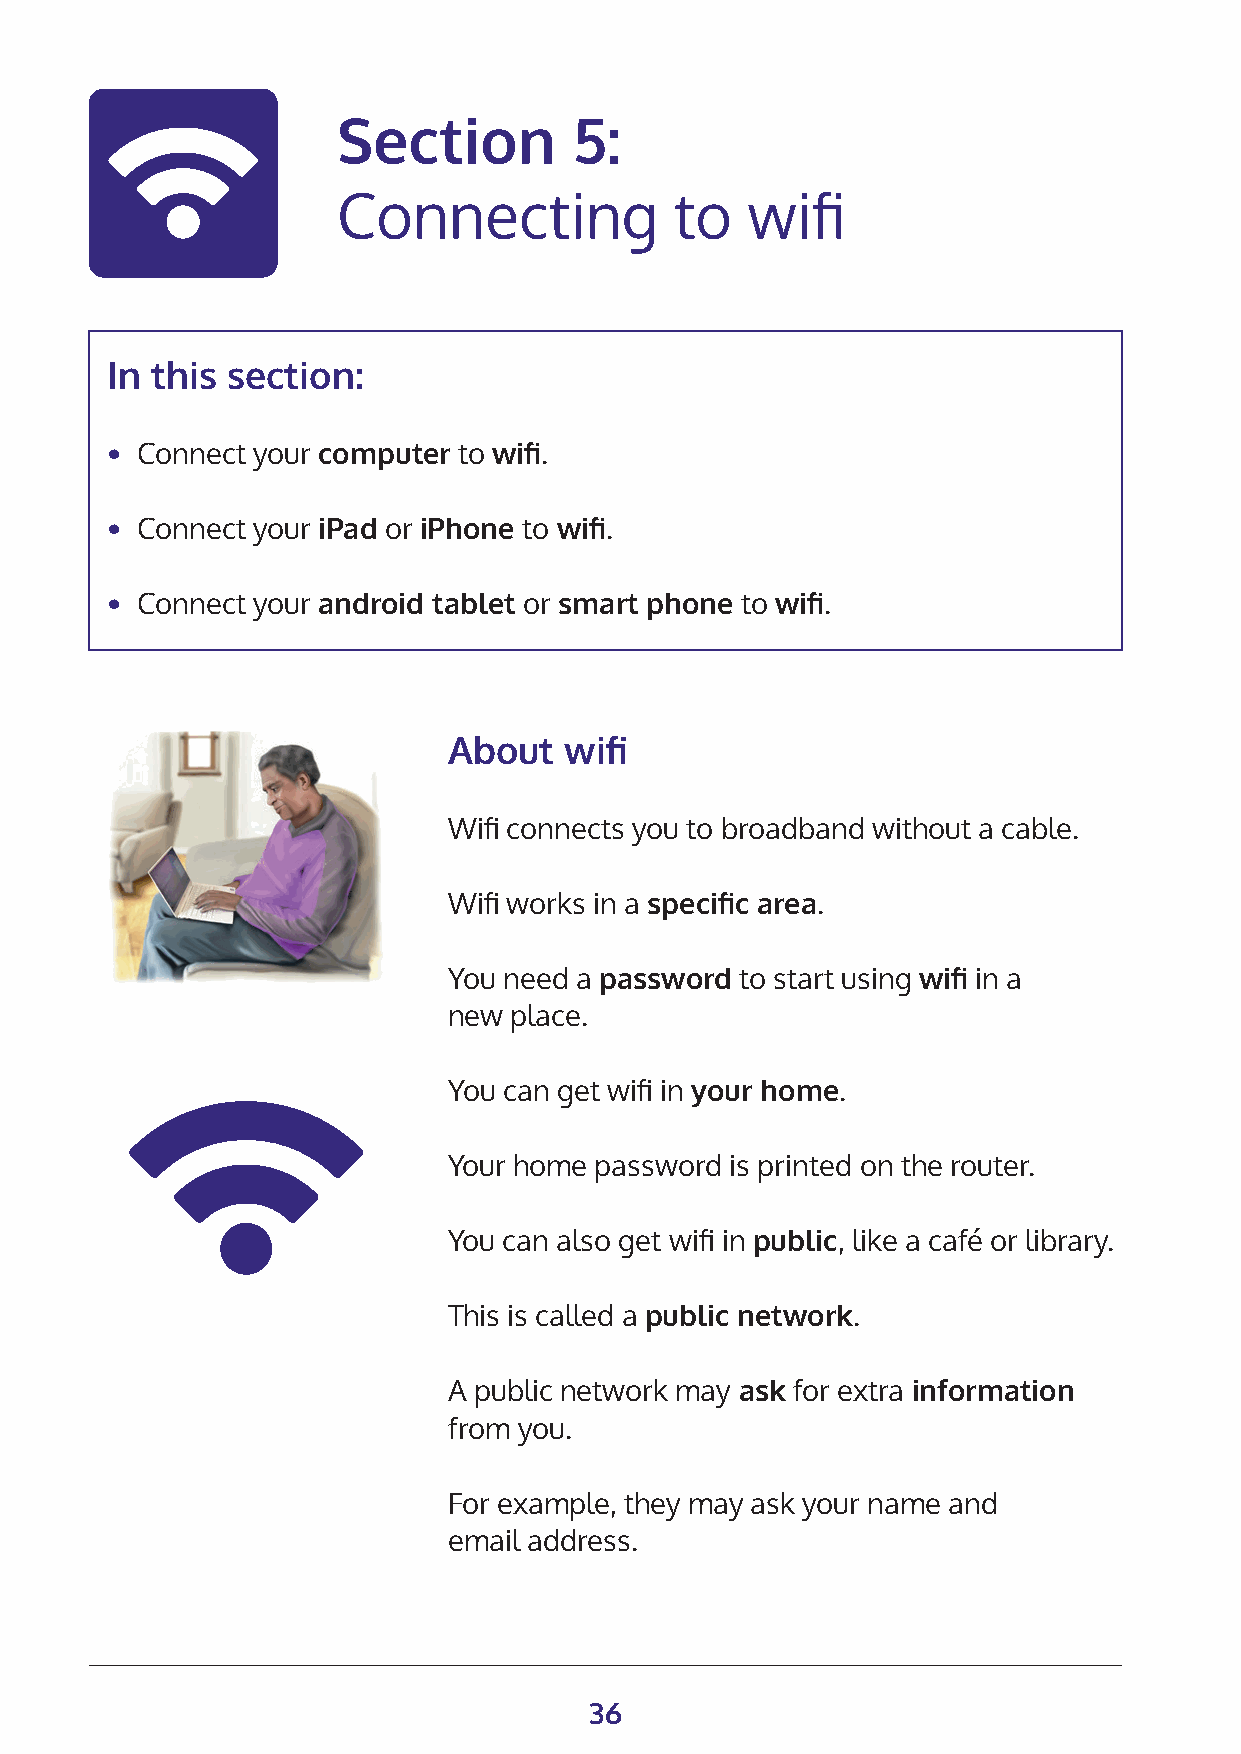
Section         5:
 Connecting             to  wifi
 In this section:
 • Connect your computer to wifi.
 • Connect your iPad or iPhone to wifi.
 • Connect your android tablet or smart phone to wifi.
 About  wifi
 Wifi connects you to broadband without a cable.
 Wifi works in a specific area.
 You need a password to start using wifi in a
 new place.
 You can get wifi in your home.
 Your home password is printed on the router.
 You can also get wifi in public, like a café or library.
 This is called a public network.
 A public network may ask for extra information
 from you.
 For example, they may ask your name and
 email address.
 36